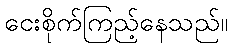
ငေးစိုက်ကြည့်နေသည်။